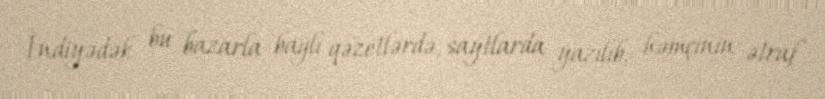
İndiyədək bu bazarla bağlı qəzetlərdə, saytlarda yazılıb, həmçinin ətraf